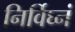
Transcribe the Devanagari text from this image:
निर्विघ्नं